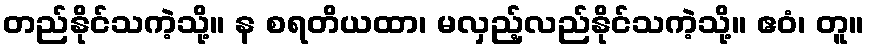
တည်နိုင်သကဲ့သို့။ န စရတိယထာ၊ မလှည့်လည်နိုင်သကဲ့သို့။ ဧဝံ၊ တူ။